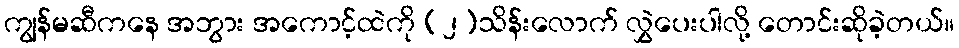
ကျွန်မဆီကနေ အဘွား အကောင့်ထဲကို (၂)သိန်းလောက် လွှဲပေးပါလို့ တောင်းဆိုခဲ့တယ်။